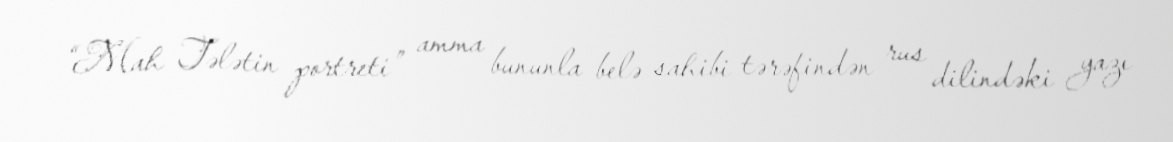
“Mah Tələtin portreti” amma bununla belə sahibi tərəfindən rus dilindəki yazı